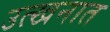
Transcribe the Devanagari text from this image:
उत्खनात